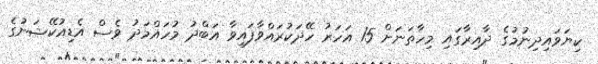
ކިޔަވައިދިނުމުގެ ދާއިރާގައި މިހާތަނަށް 15 އަހަރު ހޭދަކުރައްވާފައިވާ އަބްދު މުހައްމަދު ވެސް އެޑިއުކޭޝަނުގެ